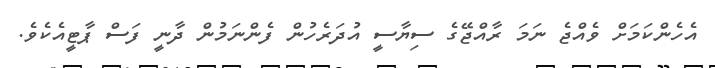
އެހެންކަމަށް ވެއްޖެ ނަމަ ރާއްޖޭގެ ސިޔާސީ އުދަރެހުން ފެންނަމުން ދާނީ ފަސް ޕާޓީއެކެވެ.